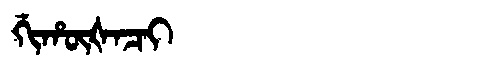
Manchu: ᡤᡳᡥᡡᡧᠠᠴᡳ
Romanization: GIHŪŠACI